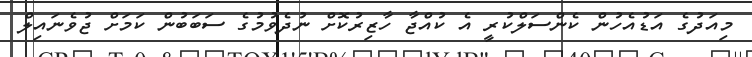
މިއަދުގެ އަޑުއެހުން ކެންސަލްކުރީ އެ ކުއްޖާ ހާޒިރުކޮށް ނުދެވުމުގެ ސަބަބުން ކަމަށް ޖުވެނައިލް